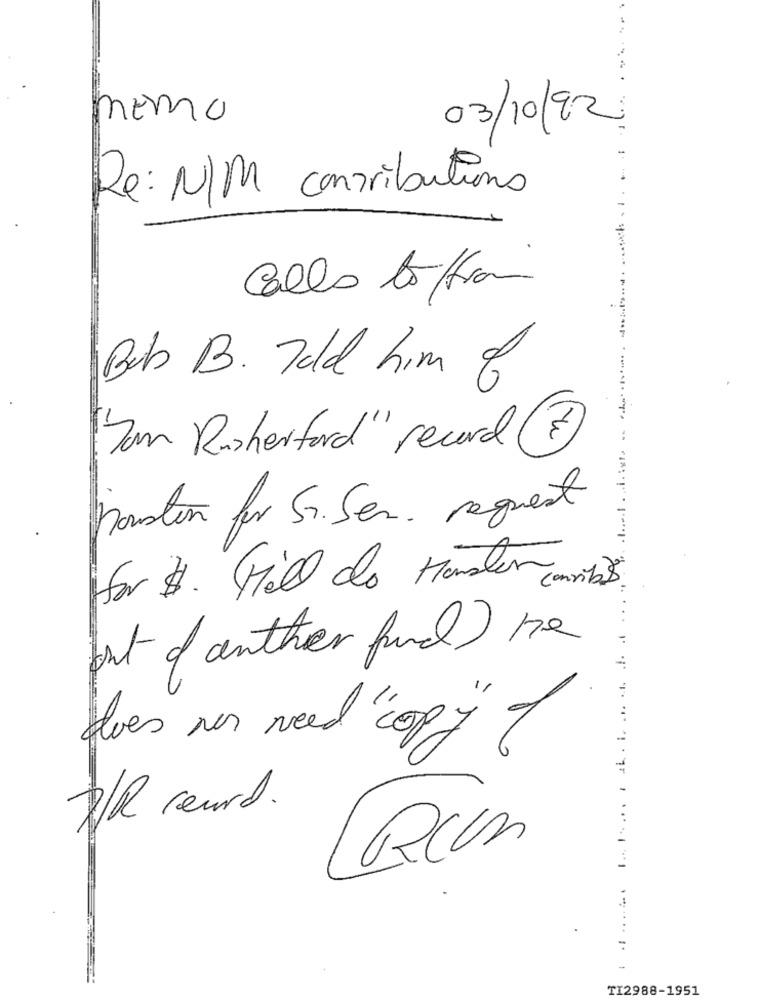
..
Emo
03/10/92
Re: N/M contributions
Calls to /from
.
Beb B. Told him of
Jor Risherford" record 7
houston for Sr. Ser. request
for $. Hill do Handler ombe
but If auther fund ) he
les ner need copy" of
TI2988-1951